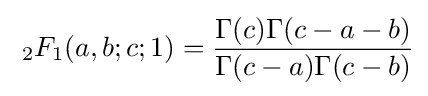
\;_{2}F_{1}(a,b;c;1)={\frac {\Gamma (c)\Gamma (c-a-b)}{\Gamma (c-a)\Gamma (c-b)}}